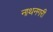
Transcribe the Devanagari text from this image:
नाथनगरी